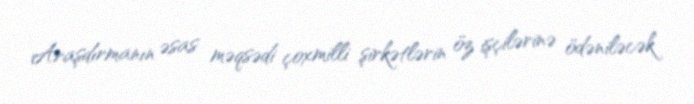
Araşdırmanın əsas məqsədi çoxmilli şirkətlərin öz işçilərinə ödəniləcək